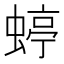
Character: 蝏